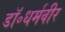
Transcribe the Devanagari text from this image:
डॉ॰धर्मवीर